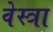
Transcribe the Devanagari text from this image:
वेस्त्रा